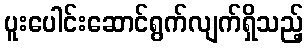
ပူးပေါင်းဆောင်ရွက်လျက်ရှိသည့်